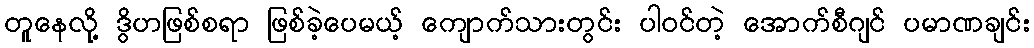
တူနေလို့ ဒွိဟဖြစ်စရာ ဖြစ်ခဲ့ပေမယ့် ကျောက်သားတွင်း ပါဝင်တဲ့ အောက်စီဂျင် ပမာဏချင်း